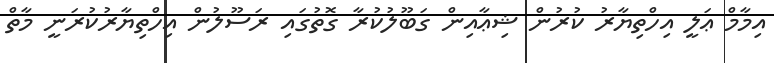
އިމާމް ޢަލީ އިހްތިޔާރު ކުރުން ޝިޢާއިން ގަބޫލުކުރާ ގޮތުގައި ރަސޫލުން އިހްތިޔާރުކުރަނީ މާތް